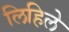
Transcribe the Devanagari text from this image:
लिहिलेे